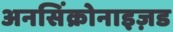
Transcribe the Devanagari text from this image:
अनसिंक्रोनाइज़ड